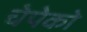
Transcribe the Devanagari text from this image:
चेपेको